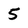
Character: 5